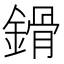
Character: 𨪷